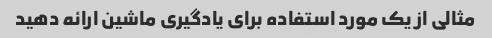
مثالی از یک مورد استفاده برای یادگیری ماشین ارائه دهید